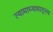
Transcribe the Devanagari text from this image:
त्यामाध्यामातूनच